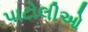
પાટોલીઓ